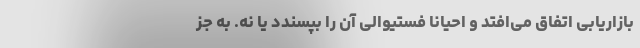
بازاریابی اتفاق می‌افتد و احیانا فستیوالی آن را بپسندد یا نه. به جز